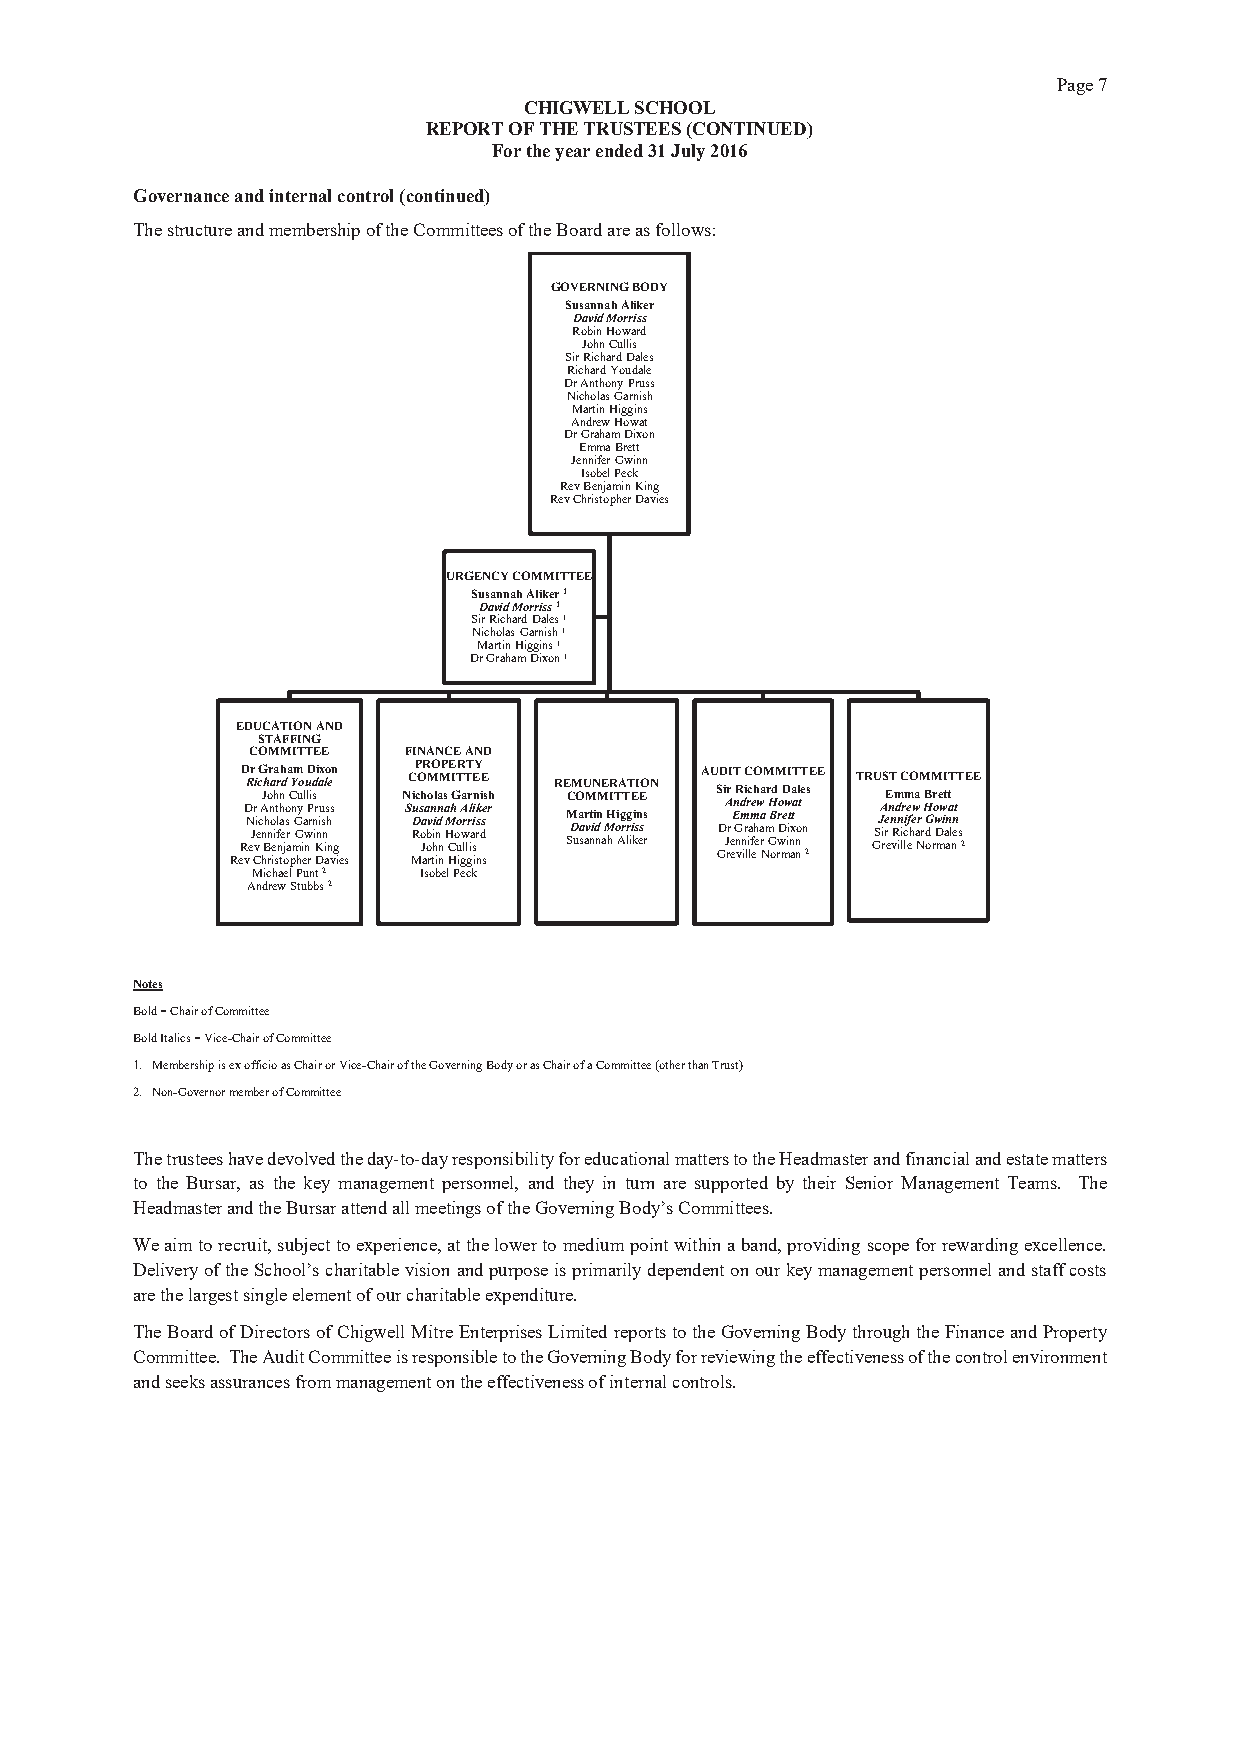
Page 7
 CHIGWELL SCHOOL
 REPORT OF THE TRUSTEES (CONTINUED)
 For the year ended 31 July 2016
 Governance and internal control (continued)
 The structure and membership of the Committees of the Board are as follows:
 GOVERNING BODY
 Susannah Aliker
 David Morriss
 Robin Howard
 John Cullis
 Sir Richard Dales
 Richard Youdale
 Dr Anthony Pruss
 Nicholas Garnish
 Martin Higgins
 Andrew Howat
 Dr Graham Dixon
 Emma Brett
 Jennifer Gwinn
 Isobel Peck
 Rev Benjamin King
 Rev Christopher Davies
 URGENCY COMMITTEE
 Susannah Aliker 1
 David Morriss 1
 Sir Richard Dales 1
 Nicholas Garnish 1
 Martin Higgins 1
 Dr Graham Dixon 1
 EDUCATION AND
 STAFFING
 COMMITTEE  FINANCE AND
 ReRD vDR N e r J Cr vi i ec G c A hnJ Bh ho rnr n oa e iha i str l f nhn tah ed j oso ara C
 p
 Y n mm G G hu yo i ea l w nu lD rP ri d s n ir K Dni a iux s n il aso h ne s vn g
 ies
 N SC Mi RDuP cO s oh a J aR a obM vo rnO ti hil inda n nnMP s a HM C HE hI G oT uoR
 i
 gA wa lrT lT gr rl ia siE i inY rk ns diE s se s rh RE M SC DM uO a saU r aM vt niN i d nnM E a MH hIR T oi AA g rT lrgT iE i ki sI n eE sO s rN AU S GDD i A J rr rI e
 e
 EnT GR n vd m n iri lC r ic a lm fe eh hO ew a ra a NM mr H GB od M rr wo D mD ew iiI t n axa tT a nnol teT n 2sEE TR GU SJA i rS e rE en T n vRm d n i liC r c lim e ef hO ew a a NrM r HB dG o M rr o w D me w itI an at aT l nentT s 2EE
 Michael Punt 2 Isobel Peck
 Andrew Stubbs 2
 Notes
 Bold = Chair of Committee
 Bold Italics = Vice-Chair of Committee
 1. Membership is ex officio as Chair or Vice-Chair of the Governing Body or as Chair of a Committee (other than Trust)
 2. Non-Governor member of Committee
 The trustees have devolved the day-to-day responsibility for educational matters to the Headmaster and financial and estate matters
 to the Bursar, as the key management personnel, and they in turn are supported by their Senior Management Teams. The
 Headmaster and the Bursar attend all meetings of the Governing Body’s Committees.
 We aim to recruit, subject to experience, at the lower to medium point within a band, providing scope for rewarding excellence.
 Delivery of the School’s charitable vision and purpose is primarily dependent on our key management personnel and staff costs
 are the largest single element of our charitable expenditure.
 The Board of Directors of Chigwell Mitre Enterprises Limited reports to the Governing Body through the Finance and Property
 Committee. The Audit Committee is responsible to the Governing Body for reviewing the effectiveness of the control environment
 and seeks assurances from management on the effectiveness of internal controls.